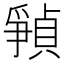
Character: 𪺘